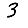
Digit: 3